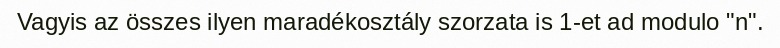
Vagyis az összes ilyen maradékosztály szorzata is 1-et ad modulo "n".